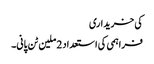
کی خریداری
فراہمی کی استعداد 2 ملین ٹن پانی۔